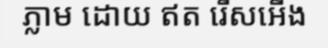
ភ្លាម ដោយ ឥត រើសអើង